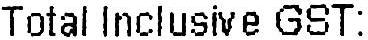
TOTAL INCLUSIVE GST: